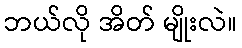
ဘယ်လို အိတ် မျိုးလဲ။